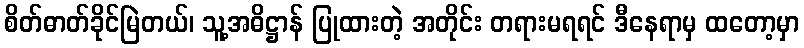
စိတ်ဓာတ်ခိုင်မြဲတယ်၊ သူ့အဓိဋ္ဌာန် ပြုထားတဲ့ အတိုင်း တရားမရရင် ဒီနေရာမှ ထတော့မှာ